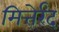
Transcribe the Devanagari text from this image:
मित्तेर्रंद